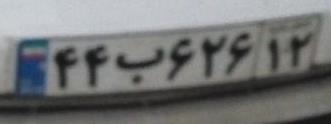
۴۴ب۶۲۶۱۲